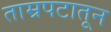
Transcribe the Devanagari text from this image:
ताम्रपटातून